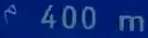
400 m